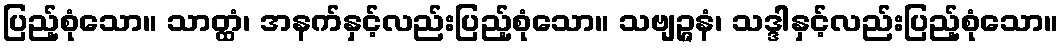
ပြည့်စုံသော။ သာတ္ထံ၊ အနက်နှင့်လည်းပြည့်စုံသော။ သဗျဉ္ဇနံ၊ သဒ္ဒါနှင့်လည်းပြည့်စုံသော။